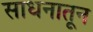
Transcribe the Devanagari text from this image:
साधनातून